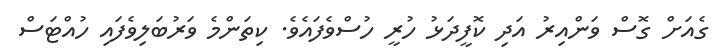
ގެއަށް ގޮސް ވަންއިރު އަދި ކޮފީދަޅު ހުރީ ހުސްވެފައެވެ. ކިތަންމެ ވަރުބަލިވެފައި ހުއްޓަސް